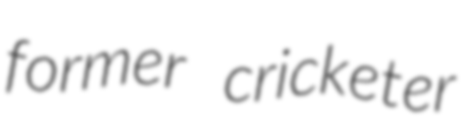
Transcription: former cricketer